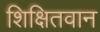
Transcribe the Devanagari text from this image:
शिक्षितवान